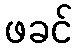
ဖခင်